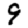
Digit: 9